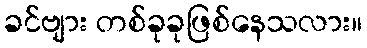
ခင်ဗျား တစ်ခုခုဖြစ်နေသလား။